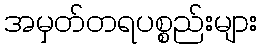
အမှတ်တရပစ္စည်းများ